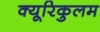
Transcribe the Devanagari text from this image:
क्यूरिकुलम